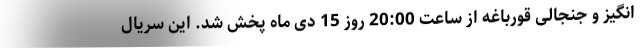
انگیز و جنجالی قورباغه از ساعت 20:00 روز 15 دی ماه پخش شد. این سریال